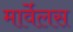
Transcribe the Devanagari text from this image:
मार्वेलस